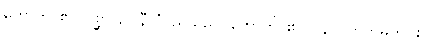
ဟောတိ၊ ၏။ ပစ္ဆာ၊ ၌။ နီလံ၊ ညိုသည်။ ဟောတိ၊ ၏။ ပန၊ ပကတိမှတပါး